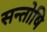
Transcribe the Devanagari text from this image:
सन्तोषि